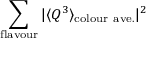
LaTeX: \sum _ { \mathrm { f l a v o u r } } \vert \langle Q ^ { 3 } \rangle _ { \mathrm { c o l o u r ~ a v e . } } \vert ^ { 2 }